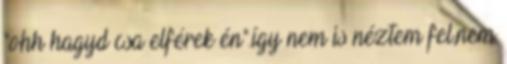
"ohh hagyd csa elférek én".így nem is néztem fel,nem